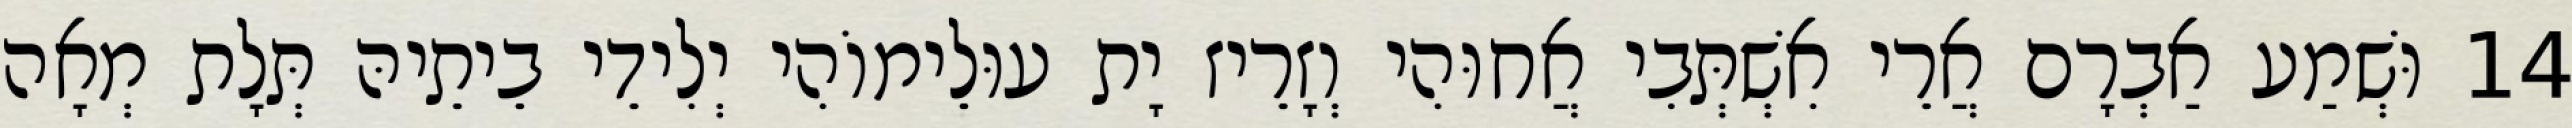
14 וּשְׁמַע אַבְרָם אֲרֵי אִשְׁתְּבִי אֲחוּהִי וְזָרֵיז יָת עוּלֵימוֹהִי יְלִידֵי בֵיתֵיהּ תְּלָת מְאָה